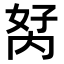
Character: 𭁮